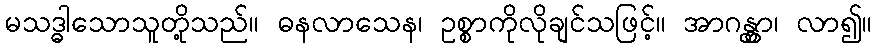
မသဒ္ဓါသောသူတို့သည်။ ဓနလာသေန၊ ဥစ္စာကိုလိုချင်သဖြင့်။ အာဂန္တွာ၊ လာ၍။